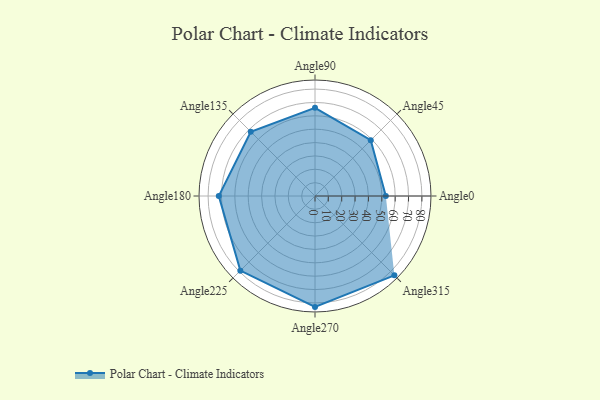
{"axis": {"x": "Angle", "y": "Radius"}, "legend": [""], "data": [{"x": "Angle0", "y": 53.0, "type": ""}, {"x": "Angle45", "y": 59.0, "type": ""}, {"x": "Angle90", "y": 66.0, "type": ""}, {"x": "Angle135", "y": 68.0, "type": ""}, {"x": "Angle180", "y": 72.0, "type": ""}, {"x": "Angle225", "y": 79.0, "type": ""}, {"x": "Angle270", "y": 83.0, "type": ""}, {"x": "Angle315", "y": 84.0, "type": ""}]}